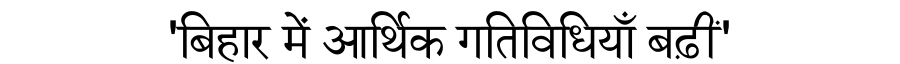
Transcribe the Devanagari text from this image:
'बिहार में आर्थिक गतिविधियाँ बढ़ीं'